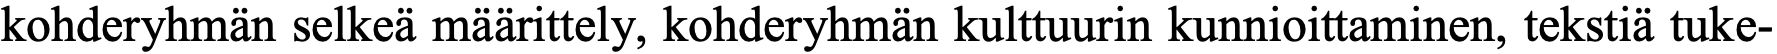
kohderyhmän selkeä määrittely, kohderyhmän kulttuurin kunnioittaminen, tekstiä tuke-